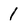
Character: 1